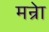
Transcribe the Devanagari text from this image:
मन्रेा